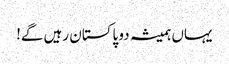
یہاں ہمیشہ دو پاکستان رہیں گے!